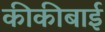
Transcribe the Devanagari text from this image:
कीकीबाई